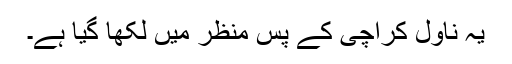
یہ ناول کراچی کے پس منظر میں لکھا گیا ہے۔